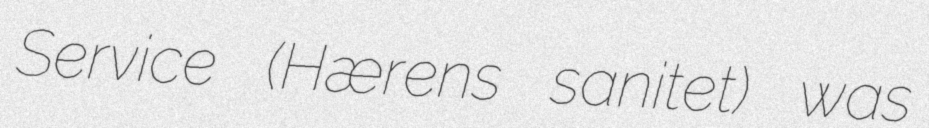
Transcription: Service (Hærens sanitet) was